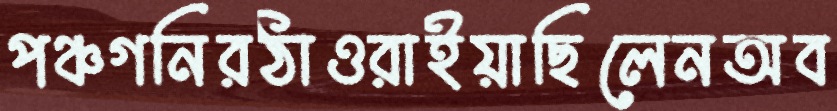
পঞ্চগনিরঠাওরাইয়াছিলেনঅব